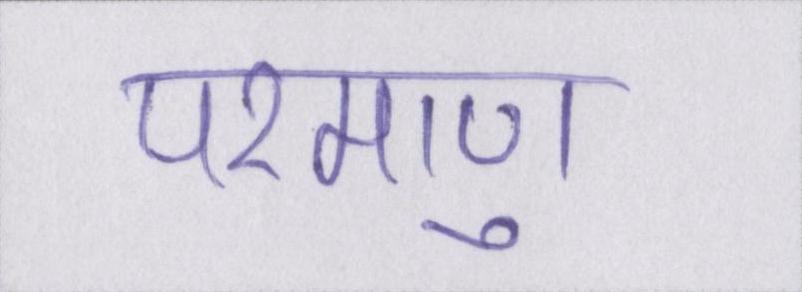
परमाणु